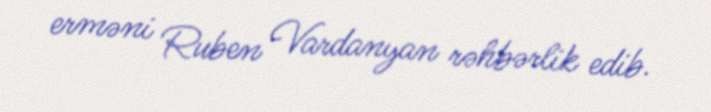
erməni Ruben Vardanyan rəhbərlik edib.